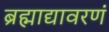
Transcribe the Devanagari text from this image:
ब्रह्माद्यावरणं